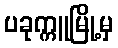
ပခုက္ကူမြို့မှ